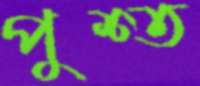
পুশ্ত